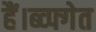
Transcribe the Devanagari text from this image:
हैं।ब्व्फ्गेत